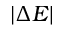
\lvert \Delta E \rvert